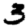
Digit: 3